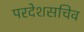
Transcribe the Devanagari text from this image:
परदेशसचिव